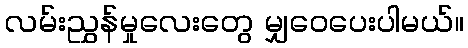
လမ်းညွှန်မှုလေးတွေ မျှဝေပေးပါမယ်။